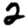
Digit: 2